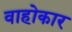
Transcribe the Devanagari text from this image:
वाहोकार